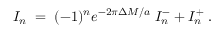
{ \cal I } _ { n } \; = \; ( - 1 ) ^ { n } e ^ { - 2 \pi \Delta M / a } \; { \cal I } _ { n } ^ { - } + { \cal I } _ { n } ^ { + } \; .